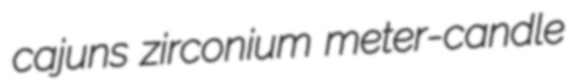
cajuns zirconium meter-candle